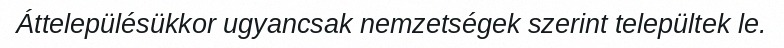
Áttelepülésükkor ugyancsak nemzetségek szerint települtek le.